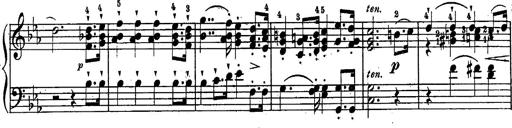
Title: Schubert's Impromptus [revised and edited by Franz Liszt]
Composer: Franz Liszt